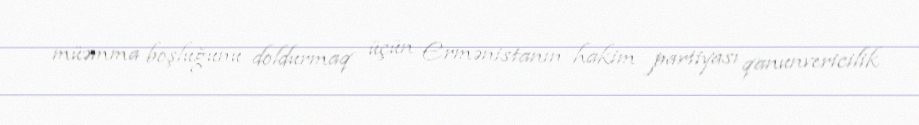
müəmma boşluğunu doldurmaq üçün Ermənistanın hakim partiyası qanunvericilik